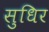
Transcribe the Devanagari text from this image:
सुधिर